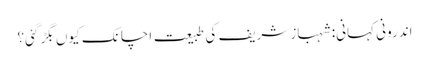
اندرونی کہانی: شہباز شریف کی طبیعت اچانک کیوں بگڑ گئی؟